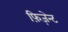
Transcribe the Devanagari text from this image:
फ़िज़ेन्ट